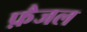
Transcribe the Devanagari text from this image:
फ़ैजल